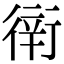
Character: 𧗶